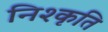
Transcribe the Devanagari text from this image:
निश्कृति